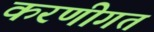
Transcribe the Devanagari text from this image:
करणीगत